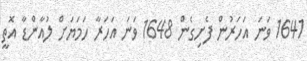
1641 ވަނަ އަހަރުން ފެށިގެން 1648 ވަނަ އަހަރާ ހަމަޔަށް ލުއާންޑާ އޮތީ